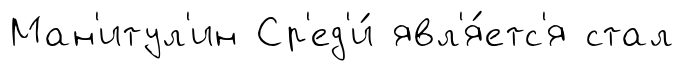
Ман'итул'ин Ср'ед'и́ явл'я́етс'я стал